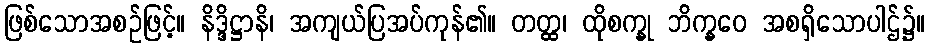
ဖြစ်သောအစဉ်ဖြင့်။ နိဒ္ဒိဋ္ဌာနိ၊ အကျယ်ပြအပ်ကုန်၏။ တတ္ထ၊ ထိုစက္ခု ဘိက္ခဝေ အစရှိသောပါဌ်၌။